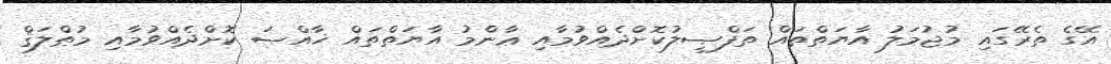
އޭގެ ތެރޭގައި މުޖުމަލު އާޔަތްތައް ތަފްޞީލުކޮށްދެއްވުމާއި ޢާންމު އާޔަތްތައް ޚާއްޞަ ކޮށްދެއްވުމާއި މުޠްލަޤް